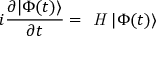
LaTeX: i \frac { \partial | \Phi ( t ) \rangle } { \partial t } = \textit { H } | \Phi ( t ) \rangle